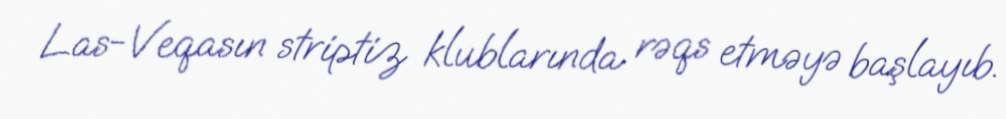
Las-Veqasın striptiz klublarında rəqs etməyə başlayıb.